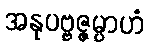
အနုပဗ္ဗဇ္ဇမ္ပာဟံ